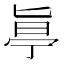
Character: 𠤟